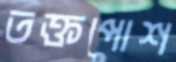
তক্তপোশ